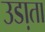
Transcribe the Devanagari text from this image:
उडा़ता